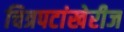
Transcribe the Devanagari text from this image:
चित्रपटांखेरीज